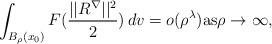
LaTeX: \begin{align*}\int_{B_\rho(x_0)}F (\frac{||R^\nabla||^2}2)\, dv = o(\rho^\lambda )\text{as} \rho\rightarrow \infty,\end{align*}